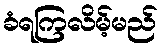
ခံရကြလိမ့်မည်